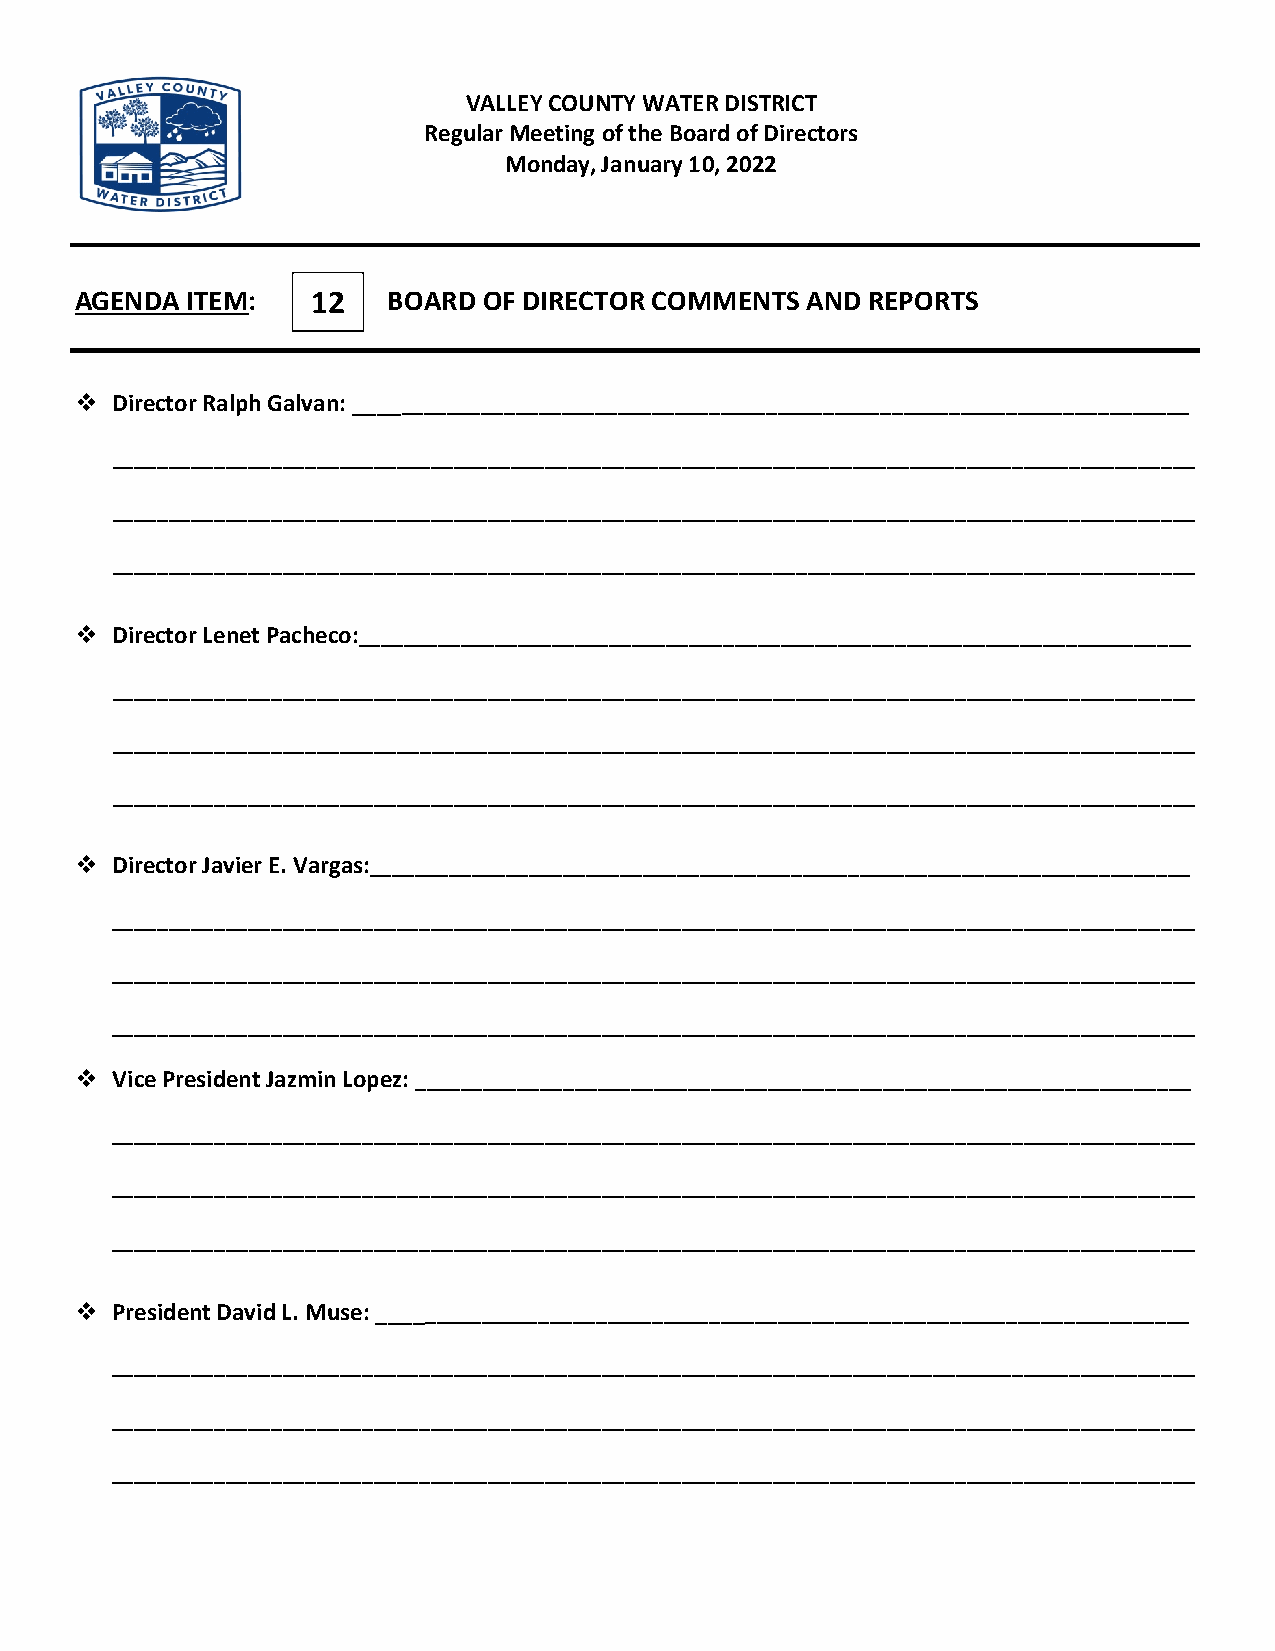
VALLEY COUNTY WATER DISTRICT
 Regular Meeting of the Board of Directors
 Monday, January 10, 2022
 AGENDA ITEM:    12   BOARD OF DIRECTOR COMMENTS AND REPORTS
  Director Ralph Galvan: _________________________________________________________________________
 _______________________________________________________________________________________________
 _______________________________________________________________________________________________
 _______________________________________________________________________________________________
  Director Lenet Pacheco:_________________________________________________________________________
 _______________________________________________________________________________________________
 _______________________________________________________________________________________________
 _______________________________________________________________________________________________
  Director Javier E. Vargas:________________________________________________________________________
 _______________________________________________________________________________________________
 _______________________________________________________________________________________________
 _______________________________________________________________________________________________
  Vice President Jazmin Lopez: ____________________________________________________________________
 _______________________________________________________________________________________________
 _______________________________________________________________________________________________
 _______________________________________________________________________________________________
  President David L. Muse: _______________________________________________________________________
 _______________________________________________________________________________________________
 _______________________________________________________________________________________________
 _______________________________________________________________________________________________